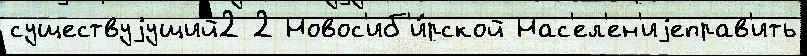
существуjущий2 2 Новос'иб'и́рской Нас'ел'ен'иjеправ'ить